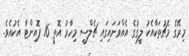
މިރޭގެ މެޗުތަކާއެކު ލީގުގެ އެއްވަނައިގައި ޗެލްސީ މިހާރު އޮތީ 16 ޕޮއިންޓާ އެކުއެވެ.